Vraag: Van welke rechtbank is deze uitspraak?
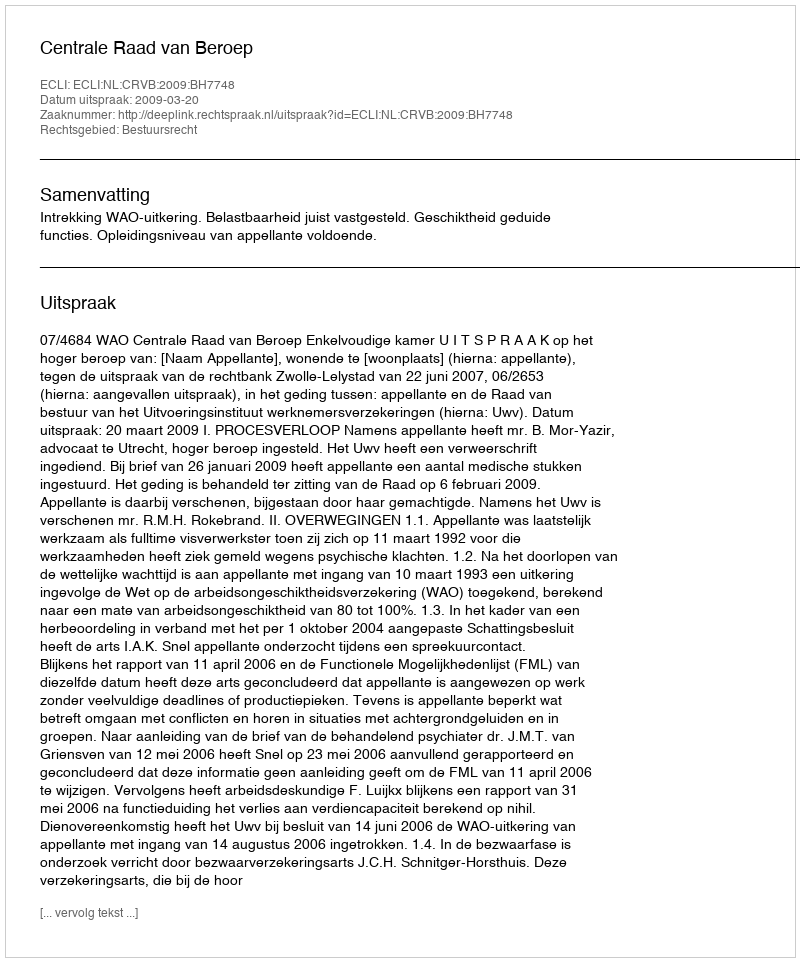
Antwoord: Centrale Raad van Beroep